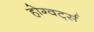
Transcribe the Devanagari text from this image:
होग्वर्ट्स